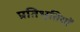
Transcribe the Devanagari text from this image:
प्रतिभुतियों